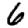
Digit: 6